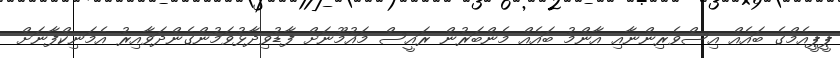
ޕީޕީއެމްގެ ބައެއް އިސްވެރިންނާއި އާންމު ބައެއް މެންބަރުން ރައީސް މައުމޫނަށް ފާޑުވިދާޅުވަމުންގެންދަވާއިރު އެމަނިކްފާނަށް